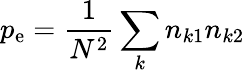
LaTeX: p_{\mathrm{e}}={\frac{{1}}{{N^{2}}}}\sum_{k}n_{k1}n_{k2}